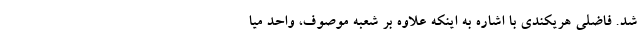
شد. فاضلی هریکندی با اشاره به اینکه علاوه بر شعبه موصوف، واحد میا